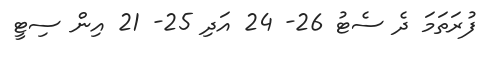
ފުރަތަމަ ދެ ސެޓު 26- 24 އަދި 25- 21 އިން ސިޓީ